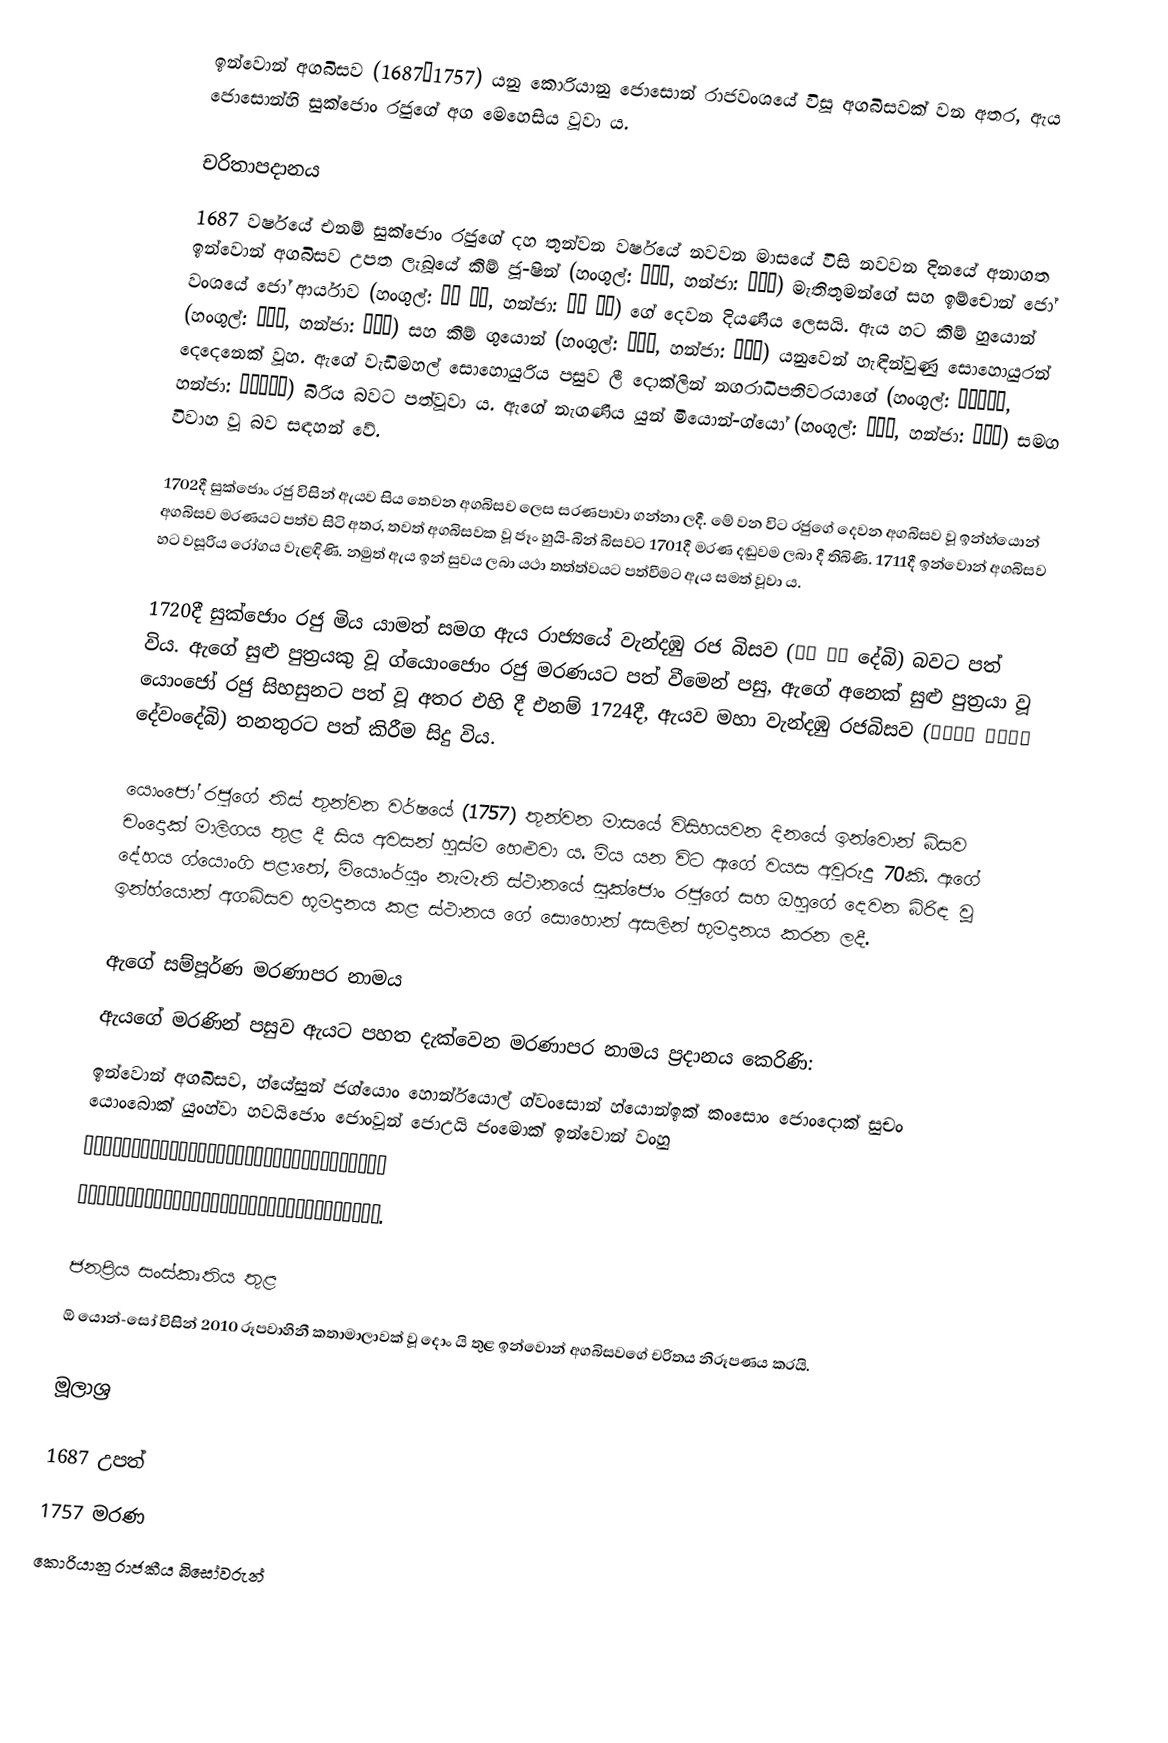
ඉන්වොන් අගබිසව (1687–1757) යනු කොරියානු ජොසොන් රාජවංශයේ විසූ අගබිසවක් වන අතර, ඇය ජොසොන්හි සුක්ජොං රජුගේ අග මෙහෙසිය වූවා ය.

චරිතාපදානය
1687 වර්ෂයේ එනම් සුක්ජොං රජුගේ දහ තුන්වන වර්ෂයේ නවවන මාසයේ විසි නවවන දිනයේ අනාගත ඉන්වොන් අගබිසව උපත ලැබූයේ කිම් ජූ-ෂින් (හංගුල්: 김주신, හන්ජා: 金柱臣) මැතිතුමන්ගේ සහ ඉම්චොන් ජෝ වංශයේ ජෝ ආර්යාව (හංගුල්: 임천 조씨, හන්ජා: 林川 趙氏) ගේ දෙවන දියණිය ලෙසයි. ඇය හට කිම් හුයොන් (හංගුල්: 김후연, හන්ජා: 金後衍)  සහ කිම් ගුයොන් (හංගුල්: 김구연, හන්ජා: 金九衍) යනුවෙන් හැඳින්වුණු සොහොයුරන් දෙදෙනෙක් වූහ. ඇගේ වැඩිමහල් සොහොයුරිය පසුව ලී දොක්ලින් නගරාධිපතිවරයාගේ (හංගුල්: 시장이덕린, හන්ජා: 郡守李德隣) බිරිය බවට පත්වූවා ය. ඇගේ නැගණිය යුන් මියොන්-ග්යෝ (හංගුල්: 윤면교, හන්ජා: 尹勉教) සමග විවාහ වූ බව සඳහන් වේ.

1702දී සුක්ජොං රජු විසින් ඇයව සිය තෙවන අගබිසව ලෙස සරණපාවා ගන්නා ලදී. මේ වන විට රජුගේ දෙවන අගබිසව වූ ඉන්හ්යොන් අගබිසව මරණයට පත්ව සිටි අතර, තවත් අගබිසවක වූ ජෑං හුයි-බින් බිසවට 1701දී මරණ දඬුවම ලබා දී තිබිණි. 1711දී ඉන්වොන් අගබිසව හට වසූරිය රෝගය වැළඳිණි. නමුත් ඇය ඉන් සුවය ලබා යථා තත්ත්වයට පත්වීමට ඇය සමත් වූවා ය.

1720දී සුක්ජොං රජු මිය යාමත් සමග ඇය රාජ්‍යයේ වැන්දඹු රජ බිසව (大妃 대비 දේබි) බවට පත් විය. ඇගේ සුළු පුත්‍රයකු වූ ග්යොංජොං රජු මරණයට පත් වීමෙන් පසු, ඇගේ අනෙක් සුළු පුත්‍රයා වූ යොංජෝ රජු සිහසුනට පත් වූ අතර එහි දී එනම් 1724දී, ඇයව මහා වැන්දඹු රජබිසව (大王大妃 대왕대비 දේවංදේබි) තනතුරට පත් කිරීම සිදු විය.

යොංජෝ රජුගේ තිස් තුන්වන වර්ෂයේ (1757) තුන්වන මාසයේ විසිහයවන දිනයේ ඉන්වොන් බිසව චංදොක් මාලිගය තුළ දී සිය අවසන් හුස්ම හෙළුවා ය. මිය යන විට ඇගේ වයස අවුරුදු 70කි. ඇගේ දේහය ග්යොංගි පළාතේ, මියොංර්යුං නැමැති ස්ථානයේ සුක්ජොං රජුගේ සහ ඔහුගේ දෙවන බිරිඳ වූ ඉන්හ්යොන් අගබිසව භූමදානය කළ ස්ථානය ගේ සොහොන් අසලින් භූමදානය කරන ලදී.

ඇගේ සම්පූර්ණ මරණාපර නාමය
ඇයගේ මරණින් පසුව ඇයට පහත දැක්වෙන මරණාපර නාමය ප්‍රදානය කෙරිණි:
ඉන්වොන් අගබිසව, හ්යේසුන් ජග්යොං හොන්ර්යොල් ග්වංසොන් හ්යොන්ඉක් කංසොං ජොංදොක් සුචං යොංබොක් යුංහ්වා හවයිජොං ජොංවූන් ජොඋයි ජංමොක් ඉන්වොන් වංහු
혜순자경헌렬광선현익강성정덕수창영복융화휘정정운정의장목인원왕후
惠順慈敬獻烈光宣顯翼康聖貞德壽昌永福隆化徽精正運定懿章穆仁元王后.

ජනප්‍රිය සංස්කෘතිය තුළ
ඕ යොන්-සෝ විසින් 2010 රූපවාහිනී කතාමාලාවක් වූ දොං යි තුළ ඉන්වොන් අගබිසවගේ චරිතය නිරූපණය කරයි.

මූලාශ්‍ර

1687 උපත්
1757 මරණ
කොරියානු රාජකීය බිසෝවරුන්